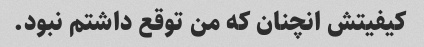
کیفیتش انچنان که من توقع داشتم نبود.